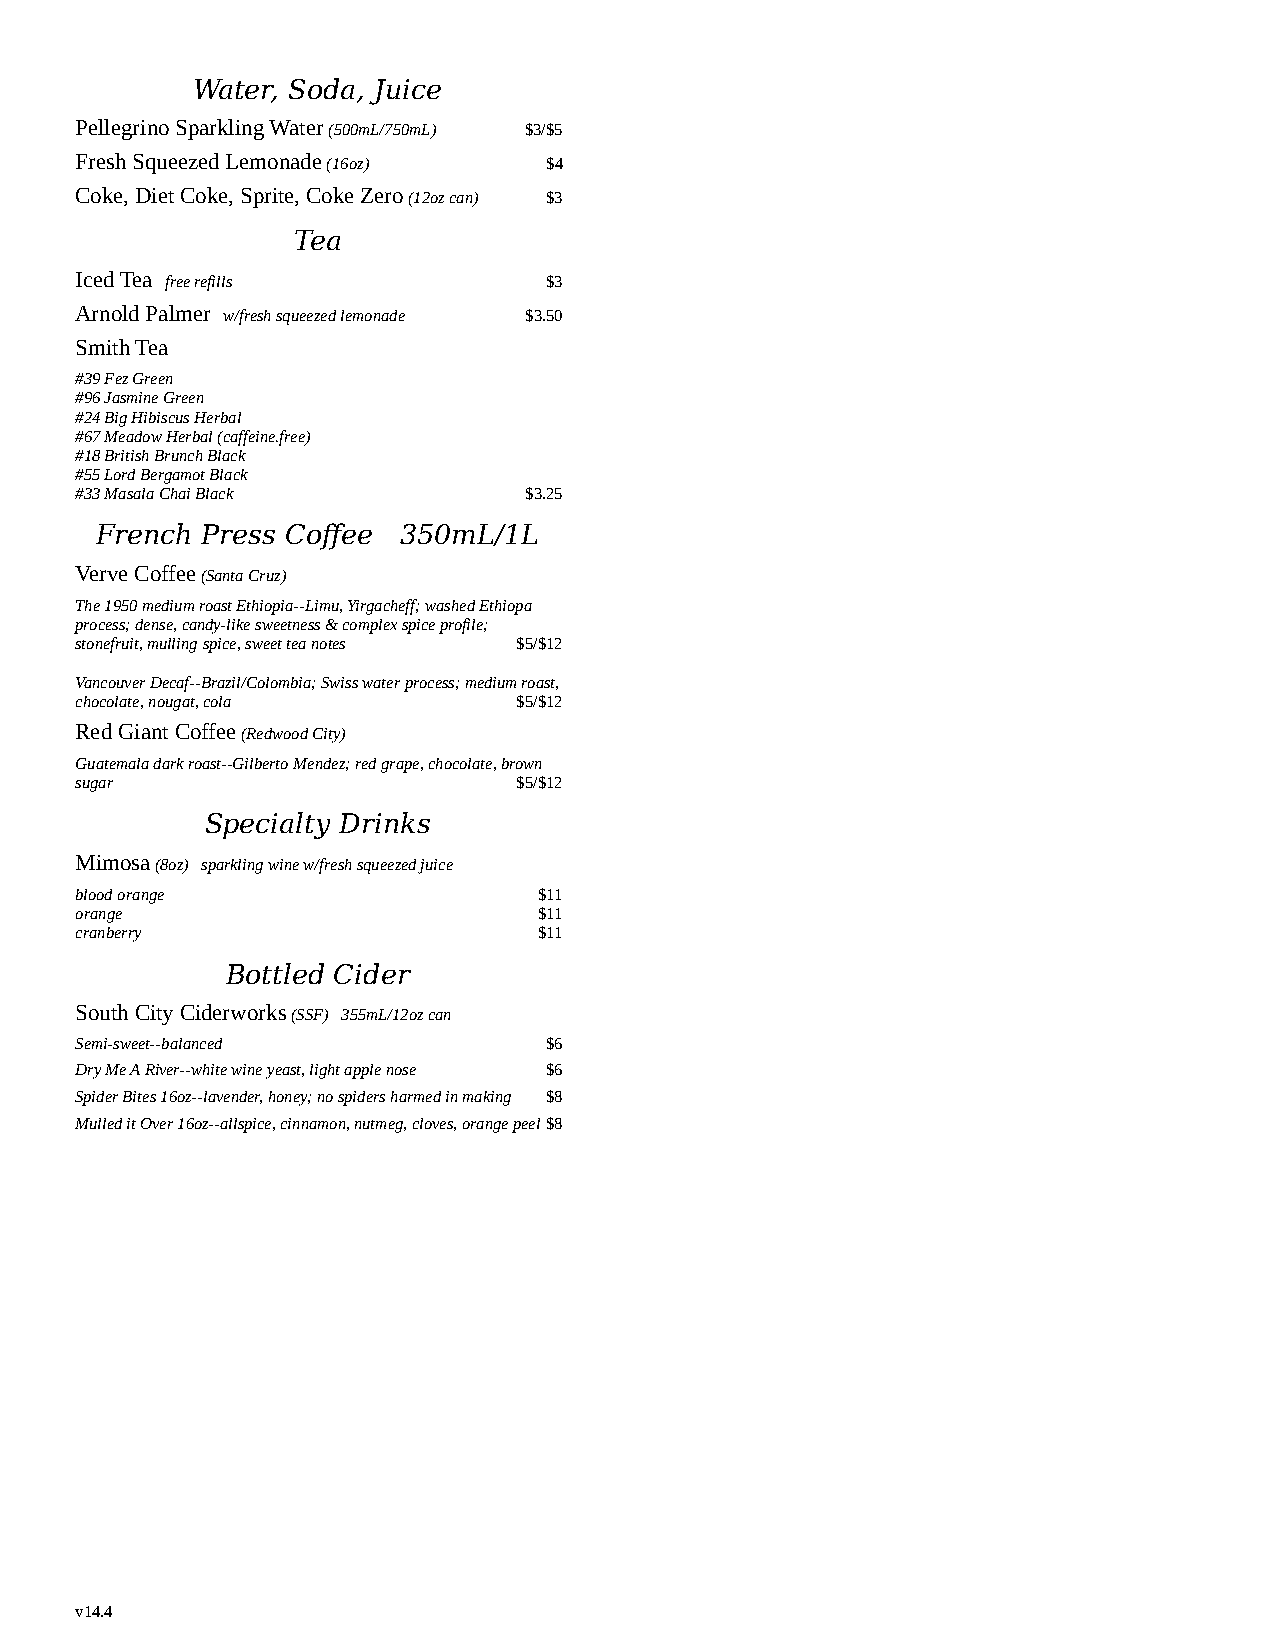
Water, Soda, Juice
 Pellegrino Sparkling Water (500mL/750mL) $3/$5
 Fresh Squeezed Lemonade (16oz) $4
 Coke, Diet Coke, Sprite, Coke Zero (12oz can) $3
 Tea
 Iced Tea free refills          $3
 Arnold Palmer w/fresh squeezed lemonade $3.50
 Smith Tea
 #39 Fez Green
 #96 Jasmine Green
 #24 Big Hibiscus Herbal
 #67 Meadow Herbal (caffeine.free)
 #18 British Brunch Black
 #55 Lord Bergamot Black
 #33 Masala Chai Black         $3.25
 French Press Coffee 350mL/1L
 Verve Coffee (Santa Cruz)
 The 1950 medium roast Ethiopia--Limu, Yirgacheff; washed Ethiopa
 process; dense, candy-like sweetness & complex spice profile;
 stonefruit, mulling spice, sweet tea notes $5/$12
 Vancouver Decaf--Brazil/Colombia; Swiss water process; medium roast,
 chocolate, nougat, cola      $5/$12
 Red Giant Coffee (Redwood City)
 Guatemala dark roast--Gilberto Mendez; red grape, chocolate, brown
 sugar                        $5/$12
 Specialty Drinks
 Mimosa (8oz) sparkling wine w/fresh squeezed juice
 blood orange                   $11
 orange                         $11
 cranberry                      $11
 Bottled Cider
 South City Ciderworks (SSF) 355mL/12oz can
 Semi-sweet--balanced           $6
 Dry Me A River--white wine yeast, light apple nose $6
 Spider Bites 16oz--lavender, honey; no spiders harmed in making $8
 Mulled it Over 16oz--allspice, cinnamon, nutmeg, cloves, orange peel$8
 v14.4